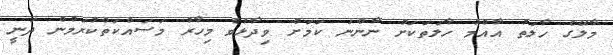
މާލޭގެ ހާލަތު އާއްމު ހާލަތަކަށް ނާންނަ ކަމަށް ވިދާޅުވެ މިހާރު މަސައްކަތްކުރަމުން ދަނީ